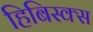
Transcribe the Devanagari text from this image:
हिबिस्क्‍स